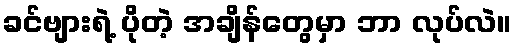
ခင်ဗျားရဲ့ ပိုတဲ့ အချိန်တွေမှာ ဘာ လုပ်လဲ။